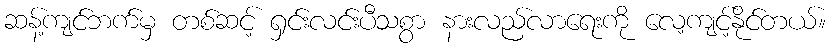
ဆန့်ကျင်ဘက်မှ တစ်ဆင့် ရှင်းလင်းပီသစွာ နားလည်လာရေးကို လေ့ကျင့်နိုင်တယ်။